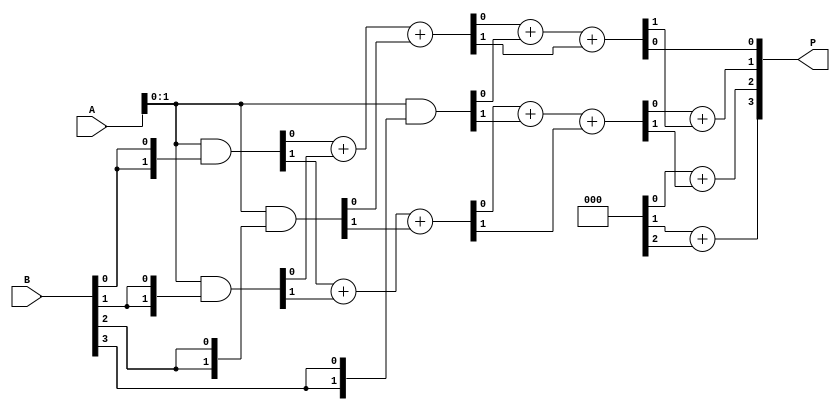
module WallaceTreeMultiplier #(parameter N = 4)(
    input [N-1:0] A,  // Multiplicand
    input [N-1:0] B,  // Multiplier
    output reg [2*N-1:0] P  // Product
);

// Generate Partial Products
wire [N-1:0] pp[N-1:0]; // Partial products
genvar i, j;
generate
    for (i = 0; i < N; i = i + 1) begin : gen_partial_products
        assign pp[i] = A & {N{B[i]}};
    end
endgenerate

// Wallace Tree Reduction
wire [N-1:0] sum [N-1:0];
wire [N-1:0] carry [N-1:0];

generate
    // Stage 1 - Combine Partial Products
    for (i = 0; i < N; i = i + 1) begin : reduction_stage_1
        if (i < N - 1) begin
            assign {carry[0][i], sum[0][i]} = pp[0][i] + pp[1][i] + pp[2][i];
        end
    end
endgenerate

// Stage 2 - Continue Reduction
generate
    for (i = 0; i < N-1; i = i + 1) begin : reduction_stage_2
        if (i < N - 2) begin
            assign {carry[1][i], sum[1][i]} = sum[0][i] + pp[3][i] + carry[0][i];
        end
    end
endgenerate

// Final Sum
always @(*) begin
    P = 0;
    // Final addition of last two rows
    P[0] = sum[1][0];
    P[1] = sum[1][1] + carry[1][0];
    P[2] = sum[1][2] + carry[1][1];
    P[3] = sum[1][3] + carry[1][2];
    P[4] = carry[1][3];
end

endmodule